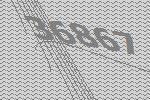
36867